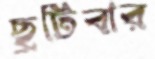
ছুটিবার